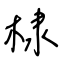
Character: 棣